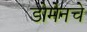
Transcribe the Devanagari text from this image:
डोमेनचे